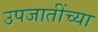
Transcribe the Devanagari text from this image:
उपजातींच्या